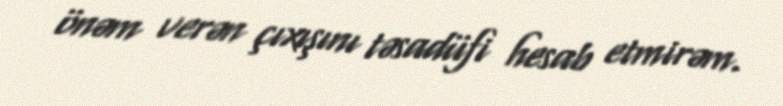
önəm verən çıxışını təsadüfi hesab etmirəm.